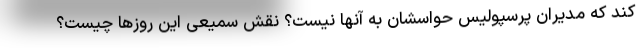
کند که مدیران پرسپولیس حواسشان به آنها نیست؟ نقش سمیعی این روزها چیست؟